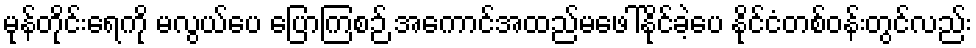
မုန်တိုင်းရေကို မလွယ်ပေ ပြောကြစဉ် အကောင်အထည်မဖေါ်နိုင်ခဲ့ပေ နိုင်ငံတစ်ဝန်းတွင်လည်း